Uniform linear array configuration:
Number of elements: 64
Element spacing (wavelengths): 0.5
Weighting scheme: hann
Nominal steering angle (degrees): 15
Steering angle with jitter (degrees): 14.478
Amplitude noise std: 0.05
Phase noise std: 0.05

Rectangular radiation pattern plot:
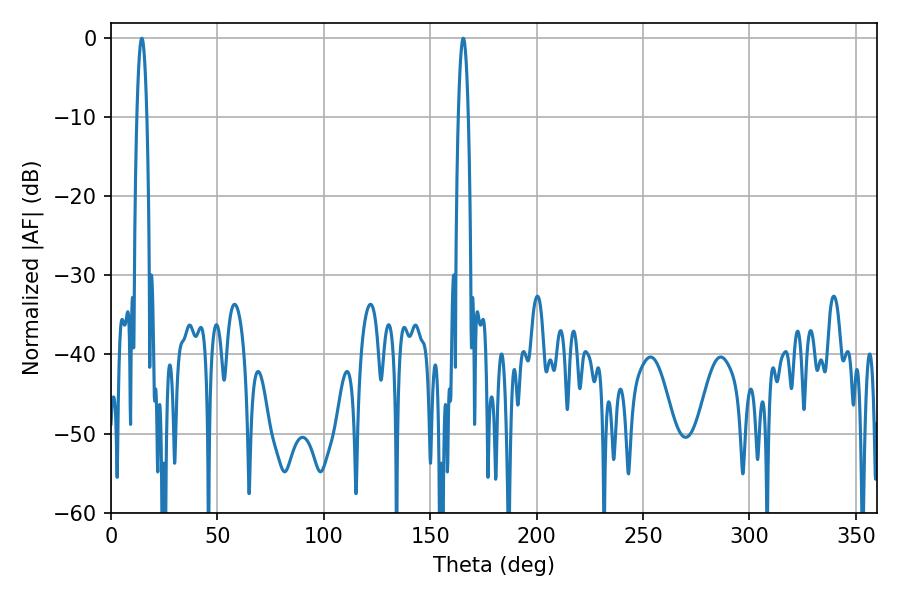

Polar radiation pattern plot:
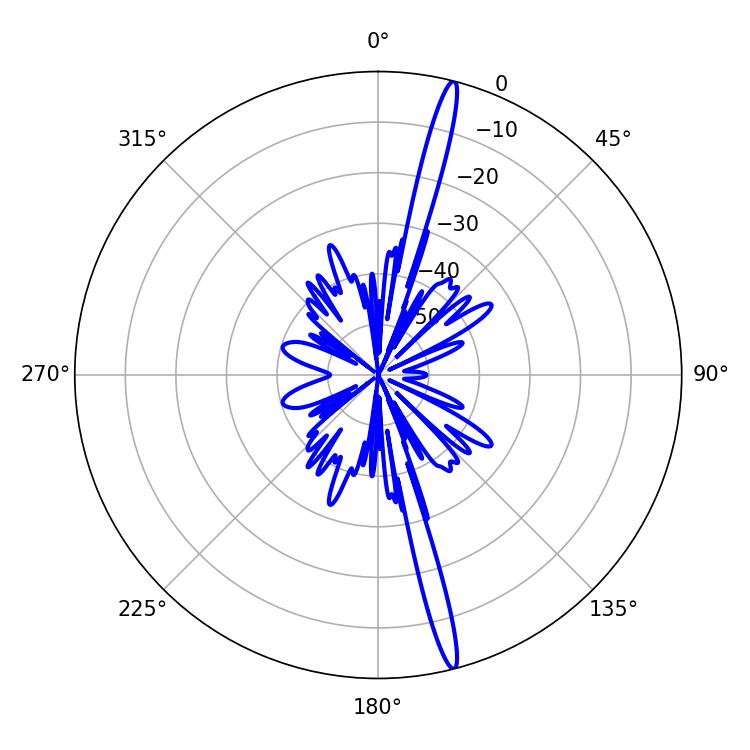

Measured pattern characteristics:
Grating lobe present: FALSE
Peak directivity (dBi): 19.08
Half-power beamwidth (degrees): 2.52
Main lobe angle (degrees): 14.4